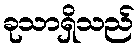
ခုသာရှိသည်